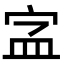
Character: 𡧾